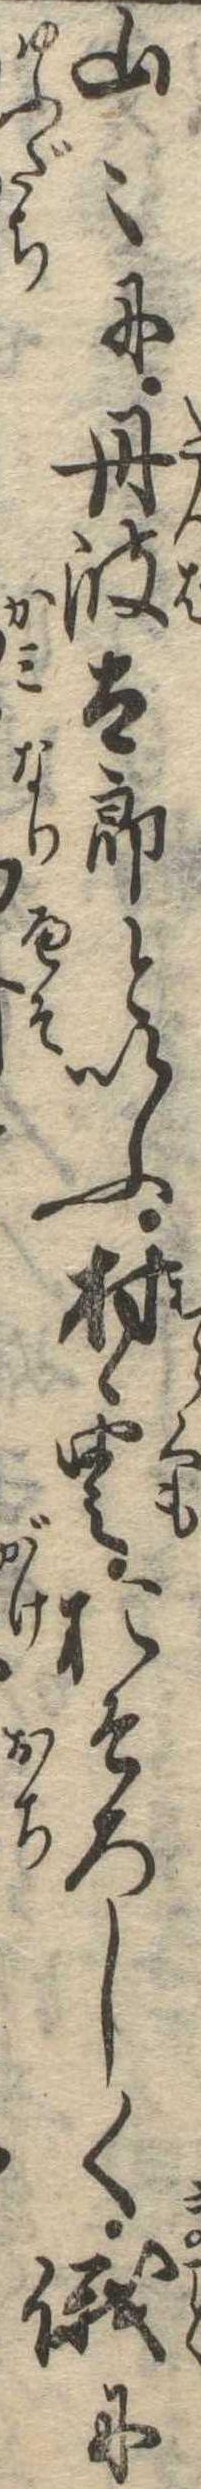
山〻に丹波太郎といふ村雲おそろしく俄に